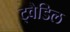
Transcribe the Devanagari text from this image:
ट्वैडिल